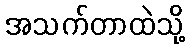
အသက်တာထဲသို့